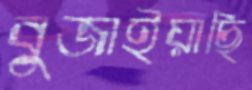
বুজাইয়াছি